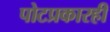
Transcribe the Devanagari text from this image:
पोटप्रकारही